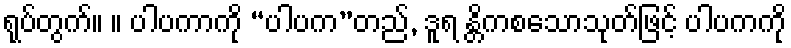
ရုပ်တွက်။ ။ ပါပကာကို “ပါပက”တည်, ဒူရ န္တိကစသောသုတ်ဖြင့် ပါပကကို